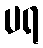
ပရ